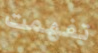
تفهمت